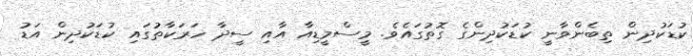
ކުޑަކުދިން ތިބެންވާނީ ކުޑަކުދިންގެ ގޮތުގައެވެ. މީސްމީޑިއާ އާއި ސީދާ ހަރަކާތުގައި ކުޑަކުދިން އަޑު